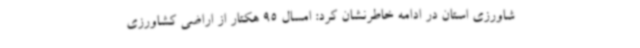
شاورزی استان در ادامه خاطرنشان کرد: امسال 95 هکتار از اراضی کشاورزی